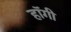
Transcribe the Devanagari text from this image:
हॉगी